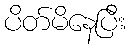
ပိတ်မိနေပြီး